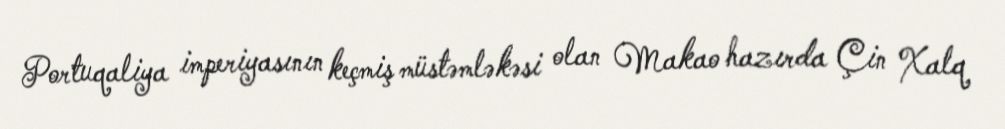
Portuqaliya imperiyasının keçmiş müstəmləkəsi olan Makao hazırda Çin Xalq